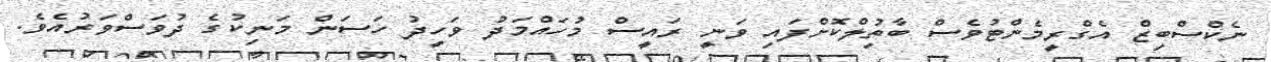
ނެކްސްބިޒް އެގްރީމެންޓުވެސް ބާތުިލްކޮށްފައި ވަނީ ރައީސް މުހައްމަދު ވަހީދު ހަސަން މަނިކުގެ ދުވަސްވަރުއެވެ.